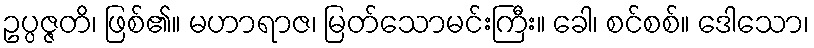
ဥပ္ပဇ္ဇတိ၊ ဖြစ်၏။ မဟာရာဇ၊ မြတ်သောမင်းကြီး။ ခေါ၊ စင်စစ်။ ဒေါသော၊